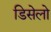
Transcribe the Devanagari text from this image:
डिसेलो